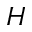
H